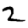
Digit: 2